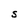
Character: S